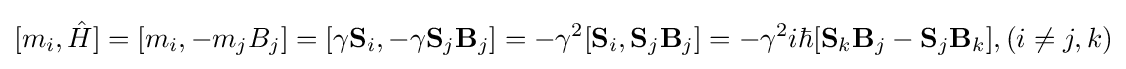
[m_{i},{\hat {H}}]=[m_{i},-m_{j}B_{j}]=[\gamma \mathbf {S} _{i},-\gamma \mathbf {S} _{j}\mathbf {B} _{j}]=-\gamma ^{2}[\mathbf {S} _{i},\mathbf {S} _{j}\mathbf {B} _{j}]=-\gamma ^{2}i\hbar [{\mathbf {S} _{k}\mathbf {B} _{j}-\mathbf {S} _{j}\mathbf {B} _{k}}],(i\neq j,k)